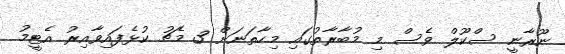
ނޫރާނީ ސްކޫލް ވެސް މި މުބާރާތުގައި މިހާތަނަށް 3 މެޗު ކުޅެފައިވާއިރު އެޓީމު